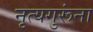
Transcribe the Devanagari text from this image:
नृत्यगुरूंना